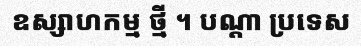
ឧស្សាហកម្ម ថ្មី ។ បណ្តា ប្រទេស